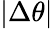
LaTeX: |\Delta\theta|